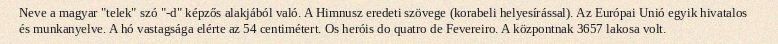
Neve a magyar "telek" szó "-d" képzős alakjából való. A Himnusz eredeti szövege (korabeli helyesírással). Az Európai Unió egyik hivatalos és munkanyelve. A hó vastagsága elérte az 54 centimétert. Os heróis do quatro de Fevereiro. A központnak 3657 lakosa volt.